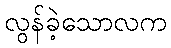
လွန်ခဲ့သောလက